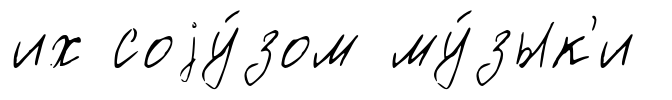
их соjу́зом му́зык'и